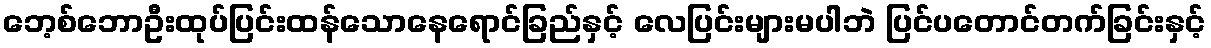
ဘေ့စ်ဘောဦးထုပ်ပြင်းထန်သောနေရောင်ခြည်နှင့် လေပြင်းများမပါဘဲ ပြင်ပတောင်တက်ခြင်းနှင့်